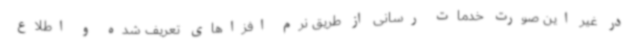
در غیر این صورت خدمات رسانی از طریق نرم افزاهای تعریف شده و اطلاع